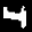
Label: 4